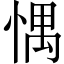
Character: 㥥